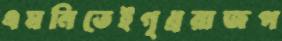
এমনিতেইগৃধ্ররাজপ